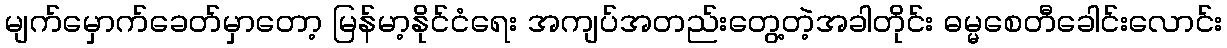
မျက်မှောက်ခေတ်မှာတော့ မြန်မာ့နိုင်ငံရေး အကျပ်အတည်းတွေ့တဲ့အခါတိုင်း ဓမ္မစေတီခေါင်းလောင်း